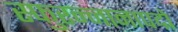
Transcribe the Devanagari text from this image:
स्फुरन्नानापद्मे